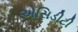
એસિડીટી